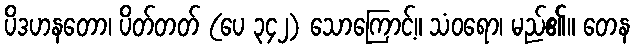
ပိဒဟနတော၊ ပိတ်တတ် (ပေ ၃၄၂) သောကြောင့်။ သံဝရော၊ မည်၏။ တေန